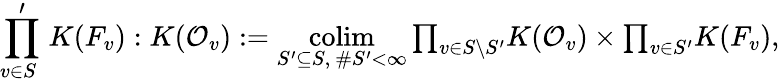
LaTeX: \underset{v\in S\; }{\prod^{\prime}}K(F_{v}):K(\mathcal{O}_{v}):=\underset{S^{\prime}\subseteq S\mathrm{,~}\# S^{\prime}<\infty}{\operatorname*{colim}}{\textstyle\prod_{v\in S\setminus S^{\prime}}}K(\mathcal{O}_{v})\times{\textstyle\prod_{v\in S^{\prime}}}K(F_{v})\mathrm{,}